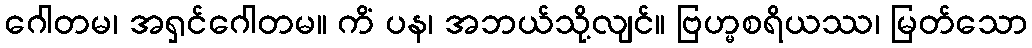
ဂေါတမ၊ အရှင်ဂေါတမ။ ကိံ ပန၊ အဘယ်သို့လျင်။ ဗြဟ္မစရိယဿ၊ မြတ်သော